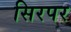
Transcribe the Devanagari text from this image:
सिरपर